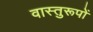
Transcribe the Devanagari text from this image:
वास्तुरूपों